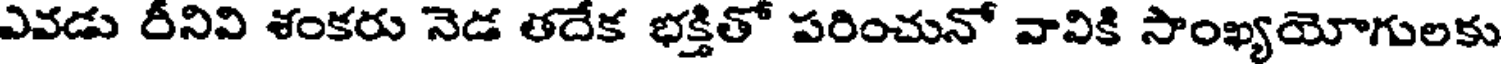
ఎవడు రీనివి శంకరు నెడ తదేక భక్తితో పరించునో వావికి సాంఖ్యయోగులకు